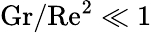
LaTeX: \mathrm{{Gr/Re^{2}\ll 1}}